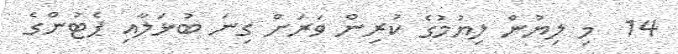
14  މި ލިޔުން ލިޔުމުގެ ކުރިން ވަރަށް ގިނަ ބުޅަލާއި ޕެޓުންގެ